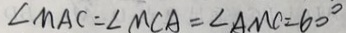
\angle M A C = \angle M C A = \angle A M C = 6 0 ^ { \circ }